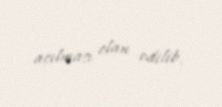
açılması elan edilib.